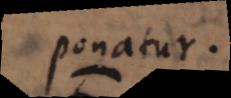
ponatur.